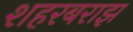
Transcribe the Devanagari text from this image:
शहरबराझ